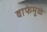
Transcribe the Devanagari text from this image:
वाफेमुळे